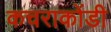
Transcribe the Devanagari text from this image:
कचराकोंडी